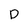
Character: p